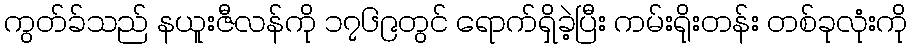
ကွတ်ခ်သည် နယူးဇီလန်ကို ၁၇၆၉တွင် ရောက်ရှိခဲ့ပြီး ကမ်းရိုးတန်း တစ်ခုလုံးကို